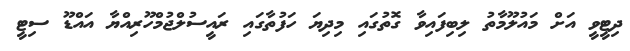
ދިޓީވީ އަށް މައުލޫމާތު ލިބިފައިވާ ގޮތުގައި މިދިޔަ ހަފުތާގައި ރައީސުލްޖުމްހޫރިއްޔާ އައްޑޫ ސިޓީ